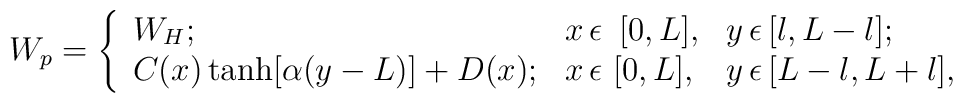
W_{p} =\left\{\begin{array}{lll}  W_{H}; & x \, \epsilon\ \, [0,L], & y \, \epsilon\, [l,L-l];   \\  C(x)\tanh[\alpha(y-L)]+D(x);         & x \,\epsilon\ [0,L],     & y \, \epsilon \, [L-l,L+l],\end{array}\right.